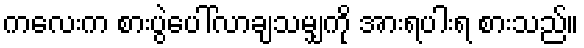
ကလေးက စားပွဲပေါ်လာချသမျှကို အားရပါးရ စားသည်။